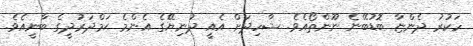
ހަކުރު ދެންޏާ ބޮޑުބޭނެ ނޫންތޯއެވެ. ޝާހިދަށް އެއީ ދުނިޔޭގެ އެންމެ ޙަމްދަރުދީގެ ބާނީއެވެ.